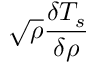
\sqrt { \rho } \frac { \delta T _ { s } } { \delta \rho }